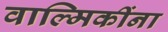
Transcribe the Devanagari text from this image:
वाल्मिकींना